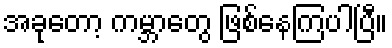
အခုတော့ ကမ္ဘာတွေ ဖြစ်နေကြပါပြီ။